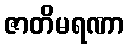
ဇာတိမရဏာ